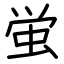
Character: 蛍